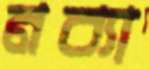
নব্যা